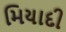
મિયાદી